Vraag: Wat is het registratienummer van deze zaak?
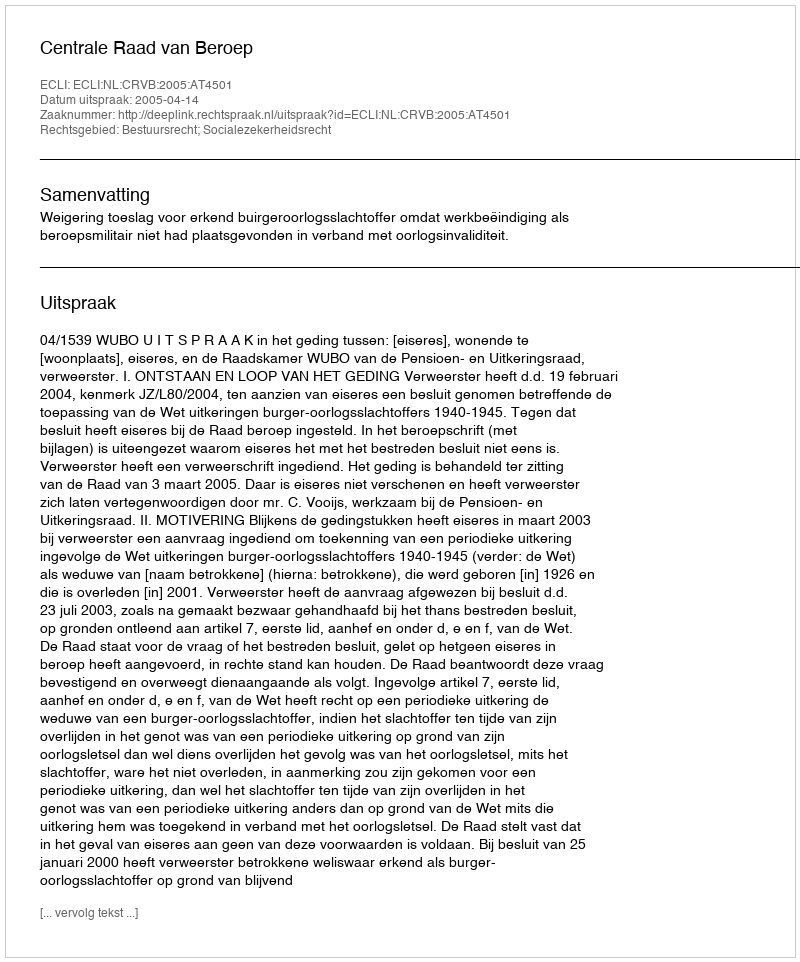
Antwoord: http://deeplink.rechtspraak.nl/uitspraak?id=ECLI:NL:CRVB:2005:AT4501